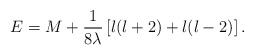
\begin{align*}E = M + {1\over 8\lambda} \left\lbrack l(l+2) + l(l-2) \right\rbrack .\end{align*}